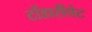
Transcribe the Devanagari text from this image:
टोंडारीपेट